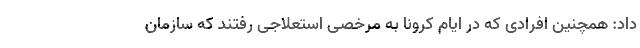
داد: همچنین افرادی که در ایام کرونا به مرخصی استعلاجی رفتند که سازمان